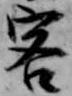
客